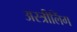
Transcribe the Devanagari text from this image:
अस्त्रीलिंग